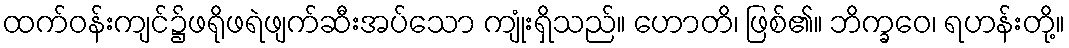
ထက်ဝန်းကျင်၌ဖရိုဖရဲဖျက်ဆီးအပ်သော ကျုံးရှိသည်။ ဟောတိ၊ ဖြစ်၏။ ဘိက္ခဝေ၊ ရဟန်းတို့။